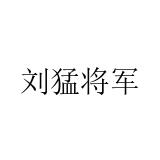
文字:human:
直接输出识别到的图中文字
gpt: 刘猛将军